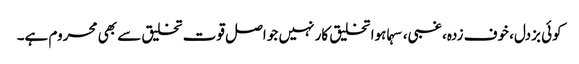
کوئی بزدل، خوف زدہ، غبی، سہماہوا تخلیق کار نہیں جو اصل قوت تخلیق سے بھی محروم ہے۔